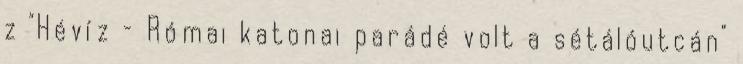
z "Hévíz – Római katonai parádé volt a sétálóutcán"